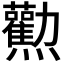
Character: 𤓘